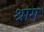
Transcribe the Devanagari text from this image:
श्राग